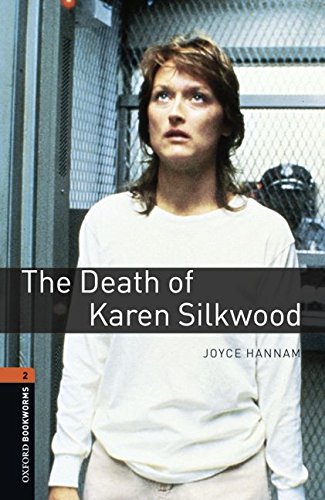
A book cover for Oxford Bookworms Library: The Death of Karen Silkwood: Level 2: 700-Word Vocabulary (Oxford Bookworms Series); Joyce Hannam; Teen & Young Adult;